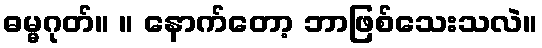
ဓမ္မဂုတ်။ ။ နောက်တော့ ဘာဖြစ်သေးသလဲ။